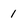
Character: 1